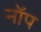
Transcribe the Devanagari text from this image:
नॉप